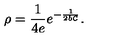
\rho = { \frac { 1 } { 4 e } } e ^ { - { \frac { 1 } { 2 b { \cal C } } } } .